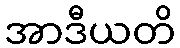
အာဒီယတိ